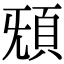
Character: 𩑬